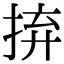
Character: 𢬵